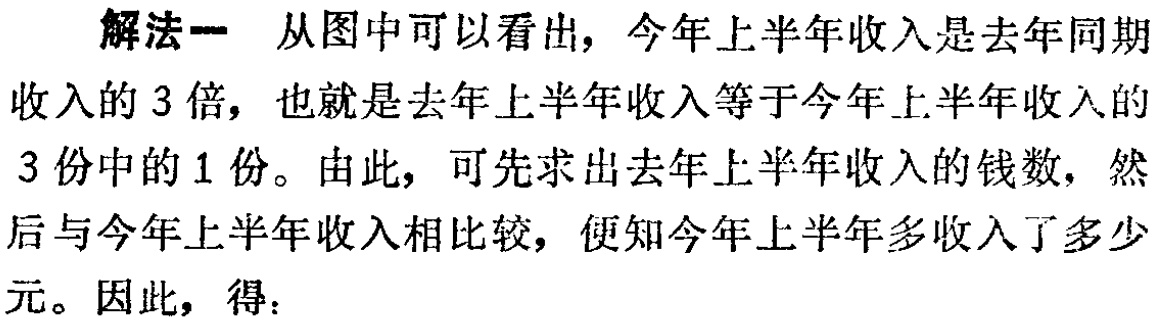
解法一 从图中可以看出，今年上半年收入是去年同期

收入的 3 倍，也就是去年上半年收入等于今年上半年收入的

3 份中的 1 份。由此，可先求出去年上半年收入的钱数，然

后与今年上半年收入相比较，便知今年上半年多收入了多少

元。因此，得：